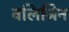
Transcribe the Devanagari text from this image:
वलिजिन